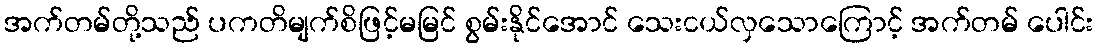
အက်တမ်တို့သည် ပကတိမျက်စိဖြင့်မမြင် စွမ်းနိုင်အောင် သေးငယ်လှသောကြောင့် အက်တမ် ပေါင်း